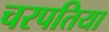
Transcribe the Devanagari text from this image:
चरपतिया